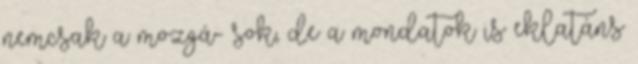
nemcsak a mozgá- sok, de a mondatok is eklatáns